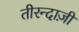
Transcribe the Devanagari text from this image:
तीरन्दाज़ी